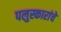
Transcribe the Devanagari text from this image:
पलुस्कारांचे